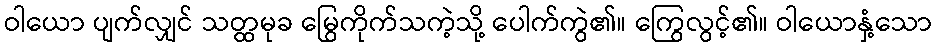
ဝါယော ပျက်လျှင် သတ္ထမုခ မြွေကိုက်သကဲ့သို့ ပေါက်ကွဲ၏။ ကြွေလွင့်၏။ ဝါယောနှံ့သော